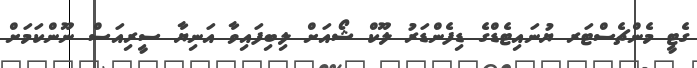
ގެޓީ މެންޗެސްޓަރ ޔުނައިޓެޑްގެ ޑިފެންޑަރު ލޫކް ޝޯއަށް ލިބިފައިވާ އަނިޔާ ސީރިއަސް ނޫންކަމަށް